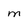
Character: m